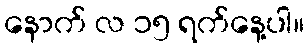
နောက် လ ၁၅ ရက်နေ့ပါ။